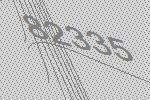
82335